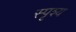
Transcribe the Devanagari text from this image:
स्पृश्‍य